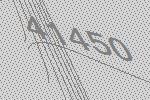
41450